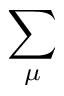
\sum _ { \mu }